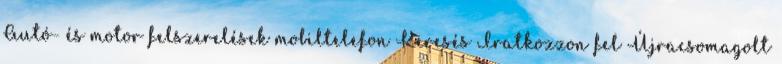
Autó- és motor felszerelések mobiltelefon Keresés Iratkozzon fel Újracsomagolt